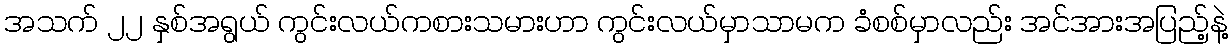
အသက် ၂၂ နှစ်အရွယ် ကွင်းလယ်ကစားသမားဟာ ကွင်းလယ်မှာသာမက ခံစစ်မှာလည်း အင်အားအပြည့်နဲ့